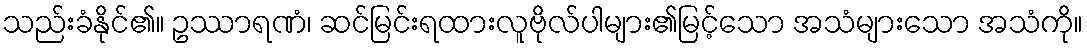
သည်းခံနိုင်၏။ ဥဿာရဏံ၊ ဆင်မြင်းရထားလူဗိုလ်ပါများ၏မြင့်သော အသံများသော အသံကို။